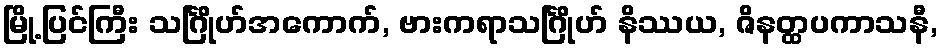
မြို့ပြင်ကြီး သင်္ဂြိုဟ်အကောက်, ဗားကရာသင်္ဂြိုဟ် နိဿယ, ဇိနတ္ထပကာသနီ,